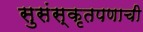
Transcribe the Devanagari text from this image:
सुसंस्कृतपणाची